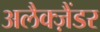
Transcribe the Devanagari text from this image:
अलैक्‍ज़ैंडर